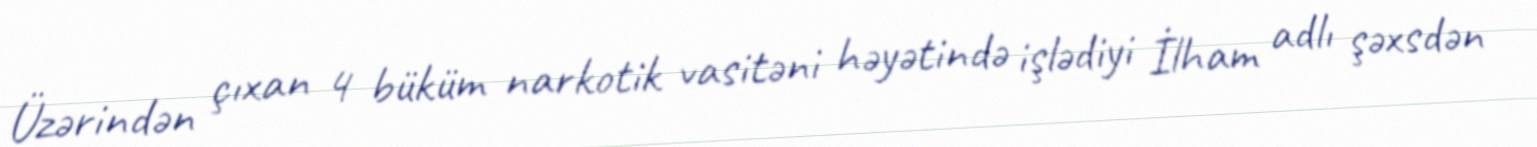
Üzərindən çıxan 4 büküm narkotik vasitəni həyətində işlədiyi İlham adlı şəxsdən